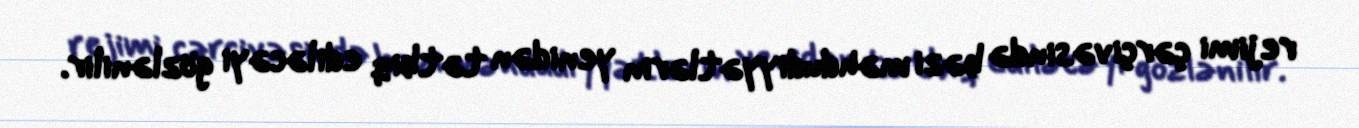
rejimi çərçivəsində bəzi məhdudiyyətlərin yenidən tətbiq ediləcəyi gözlənilir.